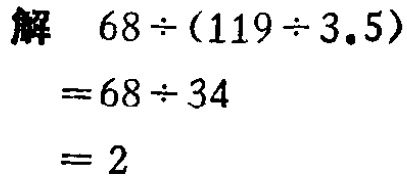
解

\[

\begin{align*}

68\div(119\div3.5)&=68\div34\\

&= 2

\end{align*}

\]